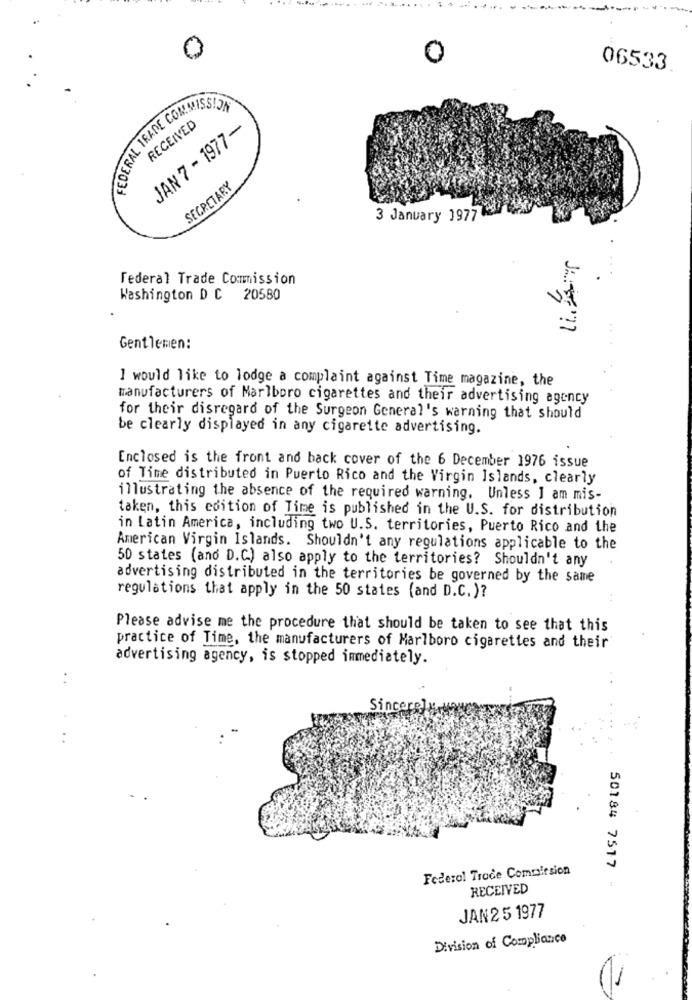
0
0
06533
FEDERAL TRADE COMMISSION
RECEIVED
JAN 7 - 1977-
SECRETARY
3 January 1977
Federal Trade Commission
Vr
Washington D C 20580
Gentlemen:
I would like to lodge a complaint against Time magazine, the
manufacturers of Marlboro cigarettes and their advertising agency
for their disregard of the Surgeon General's warning that should
be clearly displayed in any cigarette advertising.
Enclosed is the front and back cover of the 6 December 1976 issue
of Time distributed in Puerto Rico and the Virgin Islands, clearly
illustrating the absence of the required warning. Unless I am mis-
taken, this edition of Time is published in the U.S. for distribution
in Latin America, including two U.S. territories, Puerto Rico and the
American Virgin Islands. Shouldn't any regulations applicable to the
50 states (ano D.C) also apply to the territories? Shouldn't any
advertising distributed in the territories be governed by the same
regulations that apply in the 50 states (and D.C.)?
Please advise me the procedure that should be taken to see that this
practice of Time, the manufacturers of Marlboro cigarettes and their
advertising agency, is stopped immediately.
..
Sincere
Federal Trade Commission
50184 7517
1
RECEIVED
JAN 25 1977
Division of Compliance